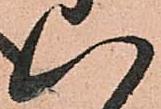
八